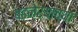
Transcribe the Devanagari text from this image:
बडनेर्‍याच्या